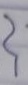
}